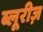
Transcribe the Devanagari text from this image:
ब्लूरीज़